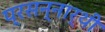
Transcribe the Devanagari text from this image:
प्रसन्नार्थी